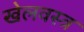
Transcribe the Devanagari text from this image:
खेलवस्त्र